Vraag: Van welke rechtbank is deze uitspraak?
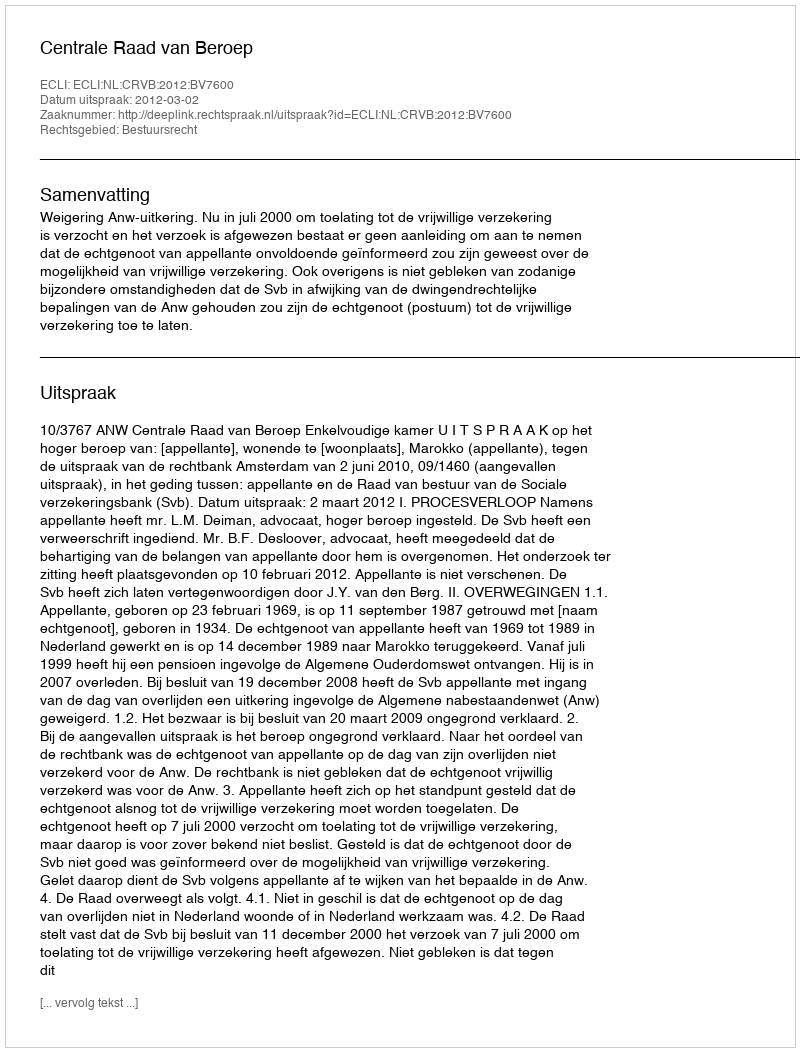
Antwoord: Centrale Raad van Beroep